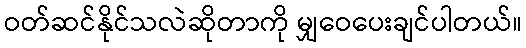
ဝတ်ဆင်နိုင်သလဲဆိုတာကို မျှဝေပေးချင်ပါတယ်။